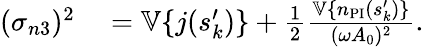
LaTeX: \begin{array}{rl}{(\sigma_{n3})^{2}}&{{}=\mathbb{V}\{ j(s_{k}^{\prime})\} +\frac{1}{2}\frac{\mathbb{V}\{ n_{\mathrm{PI}}(s_{k}^{\prime})\} }{(\omega A_{0})^{2}}.}\end{array}